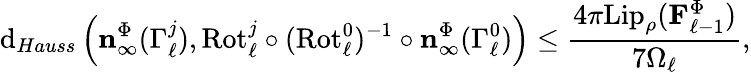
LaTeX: \mathrm{d}_{Hauss}\left(\mathbf{n}_{\infty}^{\Phi}(\Gamma_{\ell}^{j}),\mathrm{Rot}_{\ell}^{j}\circ(\mathrm{Rot}_{\ell}^{0})^{-1}\circ\mathbf{n}_{\infty}^{\Phi}(\Gamma_{\ell}^{0})\right)\leq\frac{4\pi\mathrm{Lip}_{\rho}(\mathbf{F}_{\ell-1}^{\Phi})}{7\Omega_{\ell}},